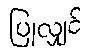
ပြုလျှင်